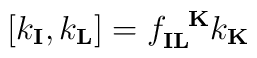
[k_\mathbf{I}, k_\mathbf{L}]= f_{\mathbf{I} \mathbf{L}}^{\ \ \mathbf{K}} k_\mathbf{K}